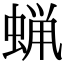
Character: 蝋